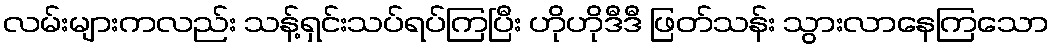
လမ်းများကလည်း သန့်ရှင်းသပ်ရပ်ကြပြီး ဟိုဟိုဒီဒီ ဖြတ်သန်း သွားလာနေကြသော